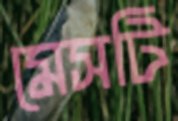
মেসটি